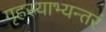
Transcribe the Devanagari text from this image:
गृहस्याभ्यन्तरं